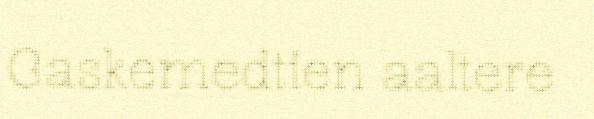
Gaskemedtien aaltere